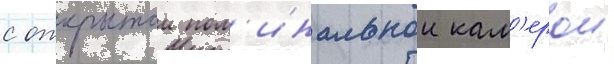
с открытои пом'инальнои кам'ерои